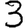
Digit: 3